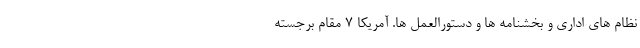
نظام های اداری و بخشنامه ها و دستورالعمل ها. آمریکا ۷ مقام برجسته